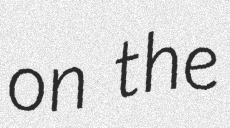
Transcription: on the